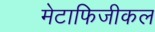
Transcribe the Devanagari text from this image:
मेटाफिजीकल